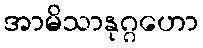
အာမိသာနုဂ္ဂဟော